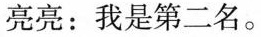
亮亮：我是第二名。